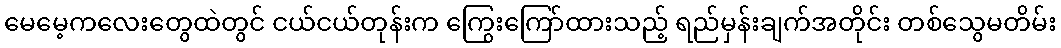
မေမေ့ကလေးတွေထဲတွင် ငယ်ငယ်တုန်းက ကြွေးကြော်ထားသည့် ရည်မှန်းချက်အတိုင်း တစ်သွေမတိမ်း